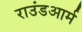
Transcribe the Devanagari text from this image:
राउंडआर्म